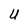
Character: U